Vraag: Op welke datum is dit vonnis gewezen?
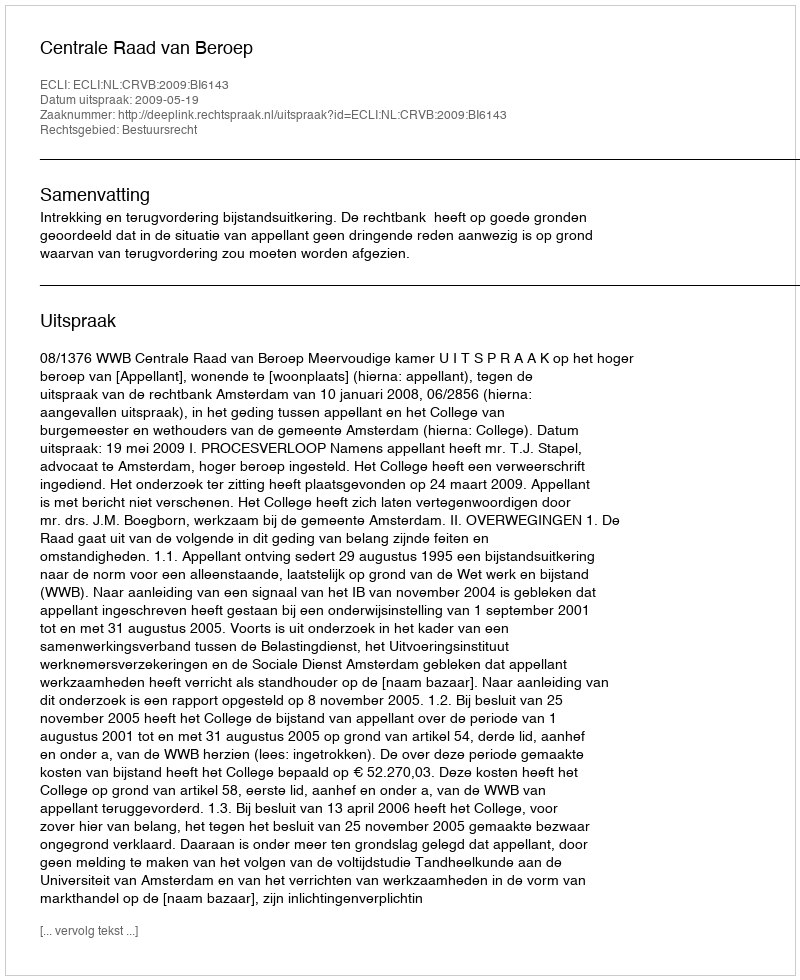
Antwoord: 2009-05-19